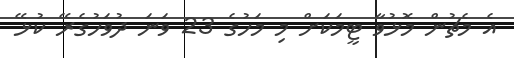
އެ މެޗުން މޮޅުވާ ޓީމަކަށް މި މަހުގެ 23 ވަނަ ދުވަހުގެރޭ ކުޅޭ